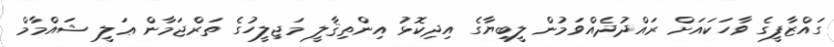
ގައްޒާފީގެ ވާހަކައަށް ރައްދުދެއްވަމުން ލީބިޔާގެ އިދިކޮޅު އިންތިޤާލީ މަޖިލީހުގެ ތަރްޖަމާން ޢަލީ ޝައްމާމް